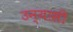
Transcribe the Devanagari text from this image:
उन्यासी